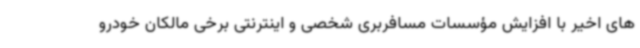
های اخیر با افزایش مؤسسات مسافربری شخصی و اینترنتی برخی مالکان خودرو